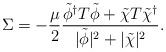
LaTeX: \begin{align*}\Sigma = -{\mu \over 2}{\tilde \phi^\dagger T \tilde \phi + \tilde \chi T \tilde \chi^\dagger \over |\tilde \phi|^2+|\tilde \chi|^2 } .\end{align*}